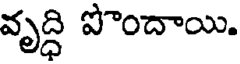
వృద్ధి పొందాయి.